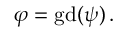
\varphi = \operatorname { g d } ( \psi ) \, .